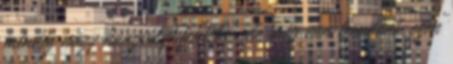
mindig nagy hangsúlyt fektetni, de még van teendőnk ezen